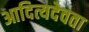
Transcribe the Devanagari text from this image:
आदित्यदेवता